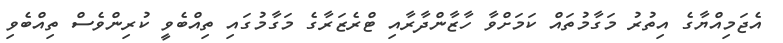
އެޖަމިއްޔާގެ އިތުރު މަގާމުތައް ކަމަށްވާ ހާޒާންދާރާއި ޓްރެޒަރާގެ މަގާމުގައި ތިއްބެވީ ކުރިންވެސް ތިއްބެވި